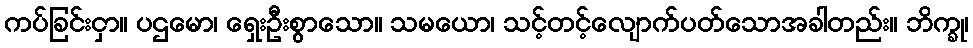
ကပ်ခြင်းငှာ။ ပဌမော၊ ရှေးဦးစွာသော။ သမယော၊ သင့်တင့်လျောက်ပတ်သောအခါတည်း။ ဘိက္ခု၊